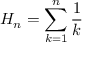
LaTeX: H _ { n } = \sum _ { k = 1 } ^ { n } { \frac { 1 } { k } }